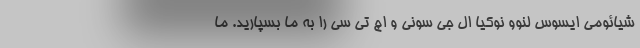
شیائومی ایسوس لنوو نوکیا ال جی سونی و اچ تی سی را به ما بسپارید. ما